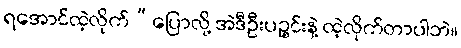
ရအောင်ထဲ့လိုက်”ပြောလို့ အဲဒီဦးပဉ္စင်းနဲ့ ထဲ့လိုက်တာပါဘဲ။